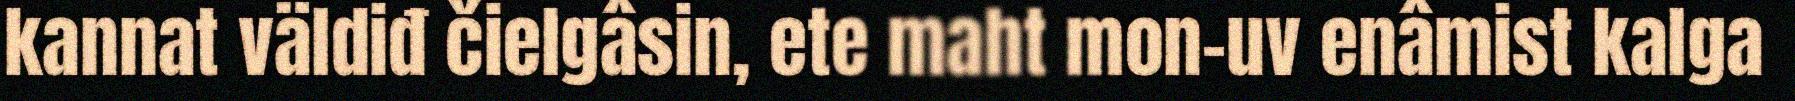
kannat väldiđ čielgâsin, ete maht mon-uv enâmist kalga